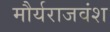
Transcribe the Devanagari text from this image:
मौर्यराजवंश